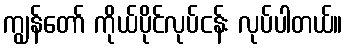
ကျွန်တော် ကိုယ်ပိုင်လုပ်ငန်း လုပ်ပါတယ်။